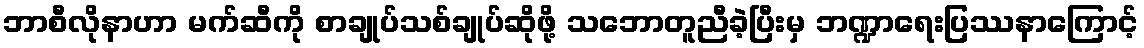
ဘာစီလိုနာဟာ မက်ဆီကို စာချုပ်သစ်ချုပ်ဆိုဖို့ သဘောတူညီခဲ့ပြီးမှ ဘဏ္ဍာရေးပြဿနာကြောင့်